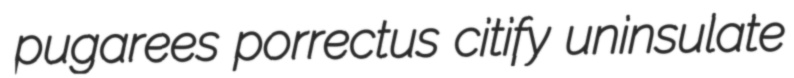
pugarees porrectus citify uninsulate